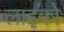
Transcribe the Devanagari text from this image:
लाइको